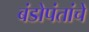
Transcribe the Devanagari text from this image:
बंडोपंतांचे